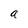
Character: a